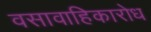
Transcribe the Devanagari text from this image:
वसावाहिकारोध